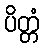
ပိတ္တံ